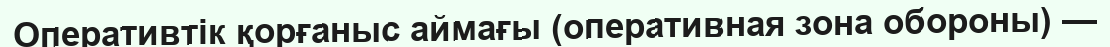
Оперативтік қорғаныс аймағы (оперативная зона обороны) —